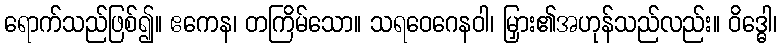
ရောက်သည်ဖြစ်၍။ ဧကေန၊ တကြိမ်သော။ သရဝေဂေနဝါ၊ မြှား၏အဟုန်သည်လည်း။ ဝိဒ္ဓေါ၊